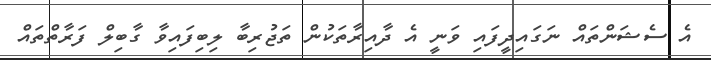
އެ ސެޝަންތައް ނަގައިދީފައި ވަނީ އެ ދާއިރާތަކުން ތަޖުރިބާ ލިބިފައިވާ ގާބިލް ފަރާތްތައް